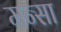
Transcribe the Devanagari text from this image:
मन्सा